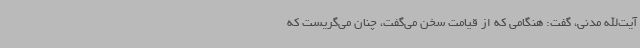
آیت‌الله مدنی، گفت: هنگامی که از قیامت سخن می‌گفت، چنان می‌گریست که